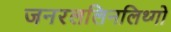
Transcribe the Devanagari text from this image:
जनरललिनलिथ्गो